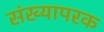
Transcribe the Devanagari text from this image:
संख्यापरक